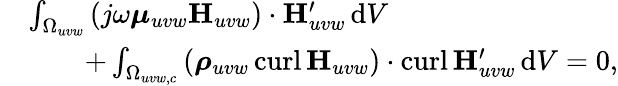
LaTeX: \begin{array}{rl}&{\int_{\Omega_{uvw}}\left(j\omega\boldsymbol\mu_{uvw}\mathbf{H}_{uvw}\right)\cdot\mathbf{H}_{uvw}^{\prime}\, \mathrm{d}V\, }\\ &{\qquad+\int_{\Omega_{uvw,c}}\left(\boldsymbol\rho_{uvw}\, \mathrm{curl}\, \mathbf{H}_{uvw}\right)\cdot\mathrm{curl}\, \mathbf{H}_{uvw}^{\prime}\, \mathrm{d}V=0,}\end{array}